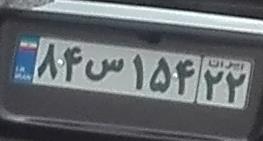
۸۴س۱۵۴۲۲